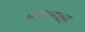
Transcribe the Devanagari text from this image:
कारणब्रह्म